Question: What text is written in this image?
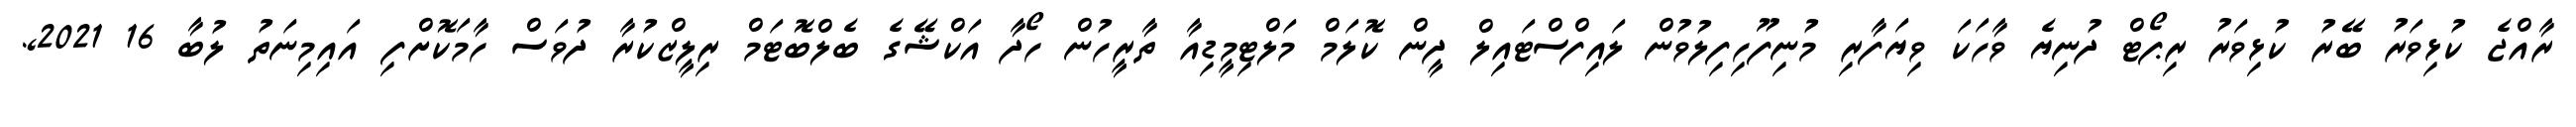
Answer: ރާއްޖެ ކުޅިވަރު ބޭރު ކުޅިވަރު ރިޕޯޓް ދުނިޔެ ވާހަކަ ވިޔަފާރި މުނިފޫހިފިލުވުން ލައިފްސްޓައިލް ދީން ކޮލަމް މަލްޓިމީޑިއާ ތާރީހުން ހޯދާ އަކްޝޭގެ ބެލްބޮޓަމް ރިލީޒްކުރާ ދުވަސް ހާމަކޮށްފި އައިމިނަތު ލުބާ 16 2021,.